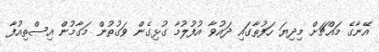
އޭނާގެ މައްޗަށް މިދިޔަ ހަފުތާގައި ދައުވާ އުފުލުމާ ގުޅިގެން ވަގުތުން މަގާމުން އިސްތިއުފާ